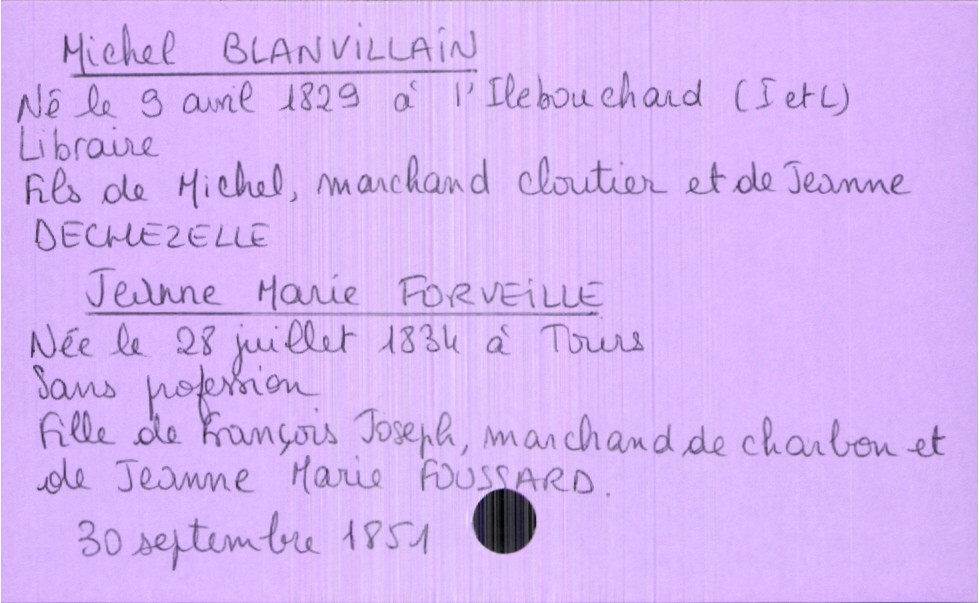
type_acte: Mariage
année: 1851
mois: septembre
jour: 30
marié_nom: Blanvillain
marié_prénom: Michel
marié_profession: libraire
marié_date_de_naissance: 9 avril 1829
marié_lieu_de_naissance: L'Ile Bouchard (Indre et Loire)
père_marié_nom: Blanvillain
père_marié_prénom: Michel
père_marié_profession: marchand cloutier
mère_marié_nom: Dechezelle
mère_marié_prénom: Jeanne
mariée_nom: Forveille
mariée_prénom: Jeanne Marie
mariée_profession: sans profession
mariée_date_de_naissance: 28 juillet 1834
mariée_lieu_de_naissance: Tours
père_mariée_nom: Forveille
père_mariée_prénom: François Joseph
père_mariée_profession: marchand de charbon
mère_mariée_nom: Foussard
mère_mariée_prénom: Jeanne Marie